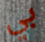
بي